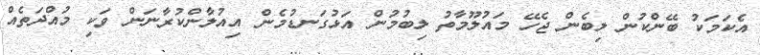
އެކަމަކު ބޭންކުން ލިބެން ޖެހޭ މައުލޫމާތު ލިބުމުން އަޅުގަނޑުމެން އިއުލާންކުރާނަން ވަކި މުއްދަތެއް